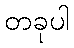
တခုပါ